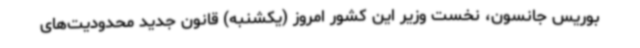
بوریس جانسون، نخست وزیر این کشور امروز (یکشنبه) قانون جدید محدودیت‌های